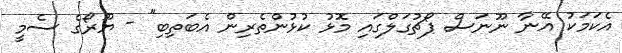
އެކަމަކު އޭނާ ނޫނަސް ޕޯޗުގަލްގައި މޮޅު ކުޅުންތެރިން އެބަތިބި" - ޔޫރޯގެ ސެމީ